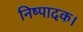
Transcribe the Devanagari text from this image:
निष्पादक।